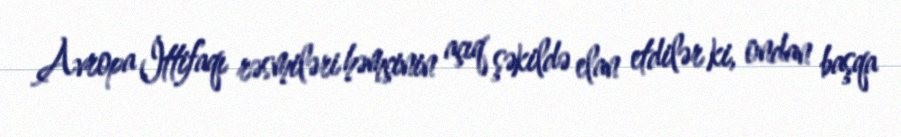
Avropa İttifaqı rəsmiləri həmçinin açıq şəkildə elan etdilər ki, ondan başqa